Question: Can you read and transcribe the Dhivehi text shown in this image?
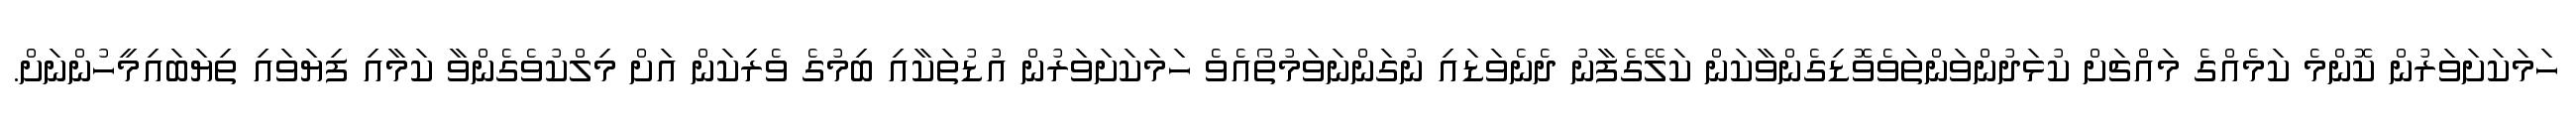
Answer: ހަމަކަށަވަރުން ކޮންމެ ކަމެއްގެ މައްޗަށް ކުޅަދުންވަންތަވެވޮޑިގެންވާކަން ކަލޭގެފާނު ދެނެވަޑައި ނުގަންނަވަމުތޯއެވެ ހަމަކަށަވަރުން އުޑުތަކާއި ބިމުގެ ވެރިކަން އަށް މިލްކުވެގެންވާ ކަމާއި ފިޔަވައި ތިޔަބައިމީހުންނަށް.